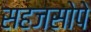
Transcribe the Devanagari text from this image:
सहजसोपे